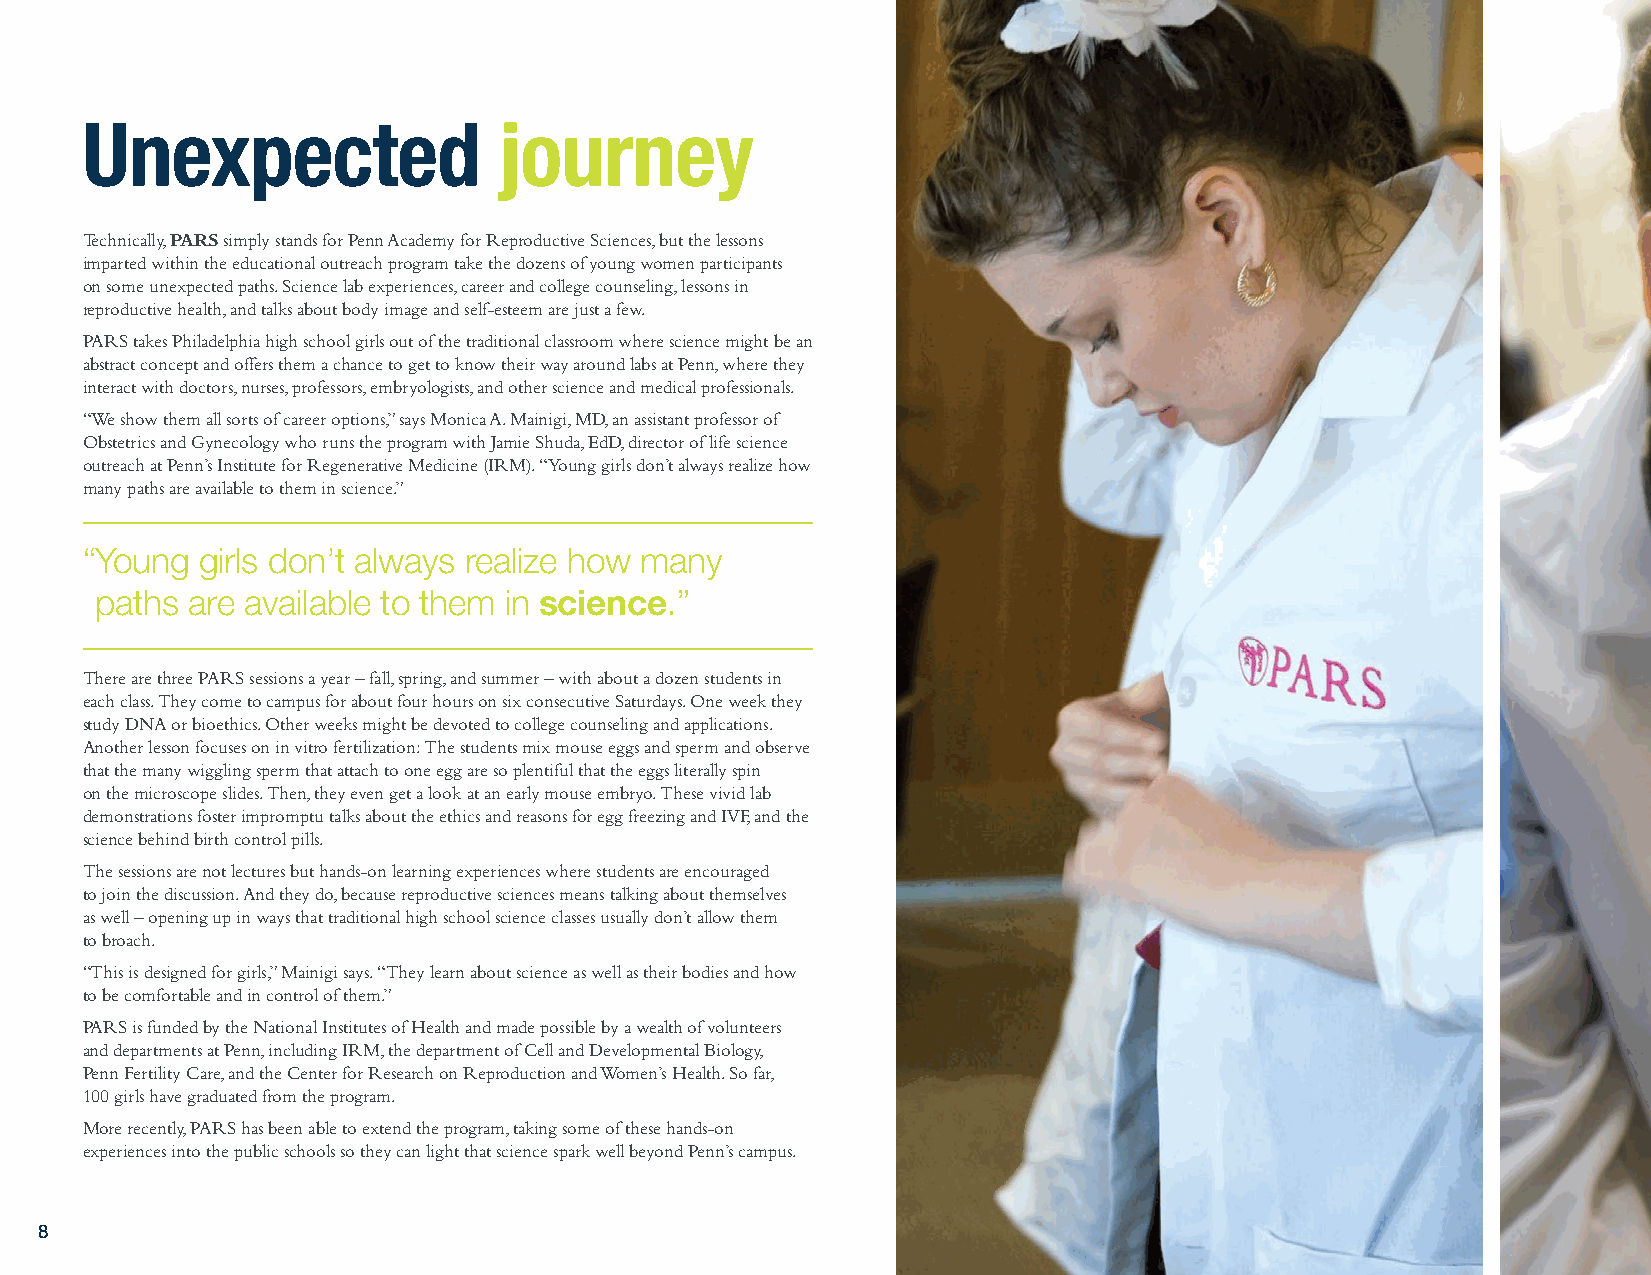
Unexpected                  journey
 Technically, PARS simply stands for Penn Academy for Reproductive Sciences, but the lessons
 imparted within the educational outreach program take the dozens of young women participants
 on some unexpected paths. Science lab experiences, career and college counseling, lessons in
 reproductive health, and talks about body image and self-esteem are just a few.
 PARS takes Philadelphia high school girls out of the traditional classroom where science might be an
 abstract concept and offers them a chance to get to know their way around labs at Penn, where they
 interact with doctors, nurses, professors, embryologists, and other science and medical professionals.
 “We show them all sorts of career options,” says Monica A. Mainigi, MD, an assistant professor of
 Obstetrics and Gynecology who runs the program with Jamie Shuda, EdD, director of life science
 outreach at Penn’s Institute for Regenerative Medicine (IRM). “Young girls don’t always realize how
 many paths are available to them in science.”
 “Y oung girls don’t always realize how many
 paths are available to them in science.”
 There are three PARS sessions a year – fall, spring, and summer – with about a dozen students in
 each class. They come to campus for about four hours on six consecutive Saturdays. One week they
 study DNA or bioethics. Other weeks might be devoted to college counseling and applications.
 Another lesson focuses on in vitro fertilization: The students mix mouse eggs and sperm and observe
 that the many wiggling sperm that attach to one egg are so plentiful that the eggs literally spin
 on the microscope slides. Then, they even get a look at an early mouse embryo. These vivid lab
 demonstrations foster impromptu talks about the ethics and reasons for egg freezing and IVF, and the
 science behind birth control pills.
 The sessions are not lectures but hands-on learning experiences where students are encouraged
 to join the discussion. And they do, because reproductive sciences means talking about themselves
 as well – opening up in ways that traditional high school science classes usually don’t allow them
 to broach.
 “This is designed for girls,” Mainigi says. “They learn about science as well as their bodies and how
 to be comfortable and in control of them.”
 PARS is funded by the National Institutes of Health and made possible by a wealth of volunteers
 and departments at Penn, including IRM, the department of Cell and Developmental Biology,
 Penn Fertility Care, and the Center for Research on Reproduction and Women’s Health. So far,
 100 girls have graduated from the program.
 More recently, PARS has been able to extend the program, taking some of these hands-on
 experiences into the public schools so they can light that science spark well beyond Penn’s campus.
 8